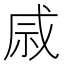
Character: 𫀄